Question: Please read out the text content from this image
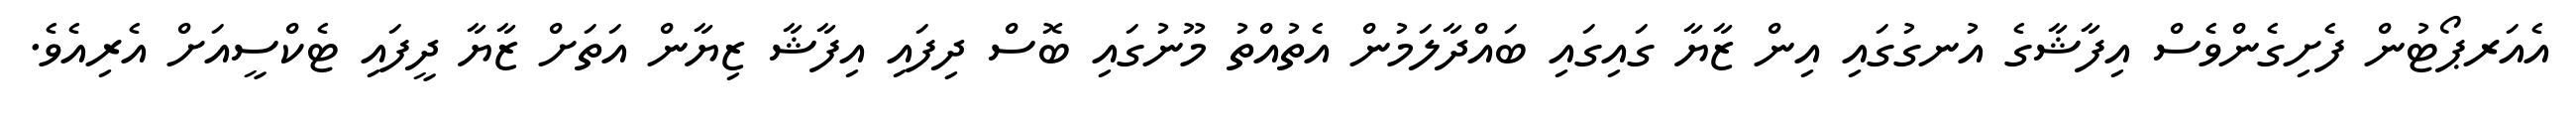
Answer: އެއަރޕޯޓުން ފެށިގެންވެސް އިފާޝާގެ އުނގުގައި އިން ޒާޔާ ގައިގައި ބައްދާލަމުން އެތުއްތު މޫނުގައި ބޮސް ދިފައި އިފާޝާ ޒިޔާން އަތަށް ޒާޔާ ދީފައި ޓެކްސީއަށް އެރިއެވެ.